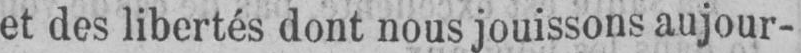
et des libertés dont nous jouissons aujour-